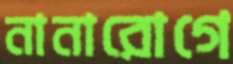
নানারোগে